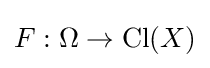
F:\Omega \to \mathrm {Cl} (X)